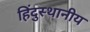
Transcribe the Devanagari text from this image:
हिंदुस्थानीय